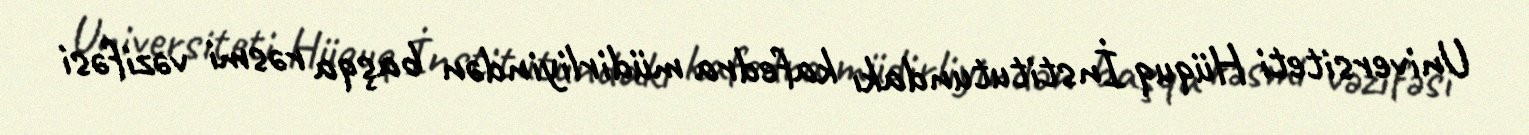
Universiteti Hüquq İnstitutundakı kafedra müdirliyindən başqa rəsmi vəzifəsi